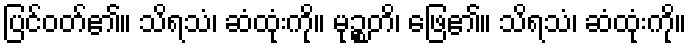
ပြင်ဝတ်၏။ သိရသံ၊ ဆံထုံးကို။ မုဉ္စတိ၊ ဖြေ၏။ သိရသံ၊ ဆံထုံးကို။